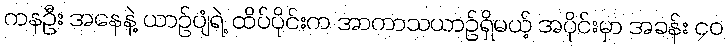
ကနဦး အနေနဲ့ ယာဉ်ပျံရဲ့ ထိပ်ပိုင်းက အာကာသယာဉ်ရှိမယ့် အပိုင်းမှာ အခန်း ၄၀